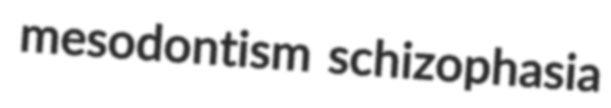
mesodontism schizophasia